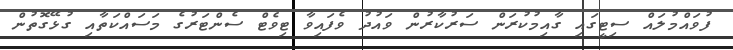
ފުވައްމުލައް ސިޓީގައި ގާއިމުކުރަން ސަރުކާރުން ވައުދު ވެފައިވާ ޓިވެޓް ސެންޓަރުގެ މަސައްކަތާއި ގުޅޭގޮތުން